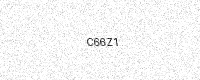
Text: C66Z1